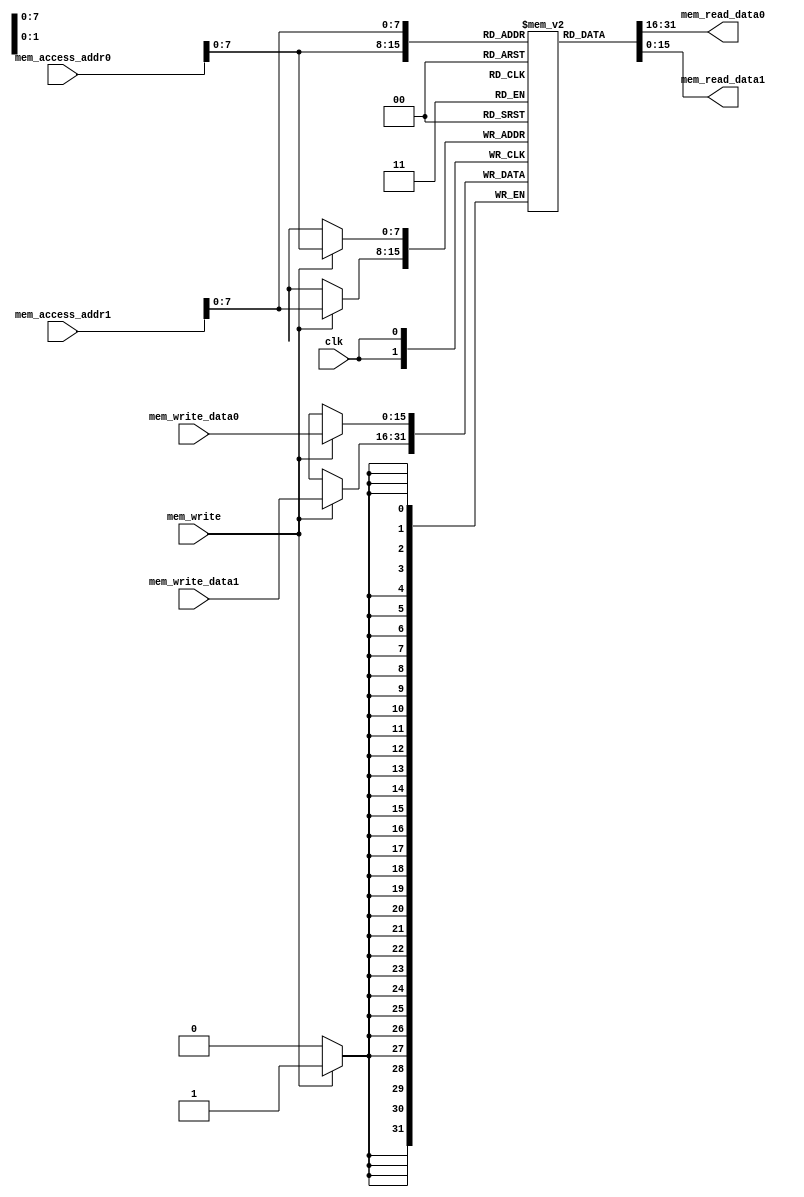
module D_cache (
					  input clk,  
					  input mem_write,
					  
					  input [15:0] mem_access_addr0, 
					  input [15:0] mem_access_addr1,
					  input [15:0] mem_write_data0, 
					  input [15:0] mem_write_data1,
					  
					  
					    
					  output [15:0] mem_read_data0,
					  output [15:0] mem_read_data1
					  );  
						  
	integer i;  
	reg [15:0] data_mem[0:255];
	initial begin  
	  for(i=0; i<256; i=i+1)  
			 data_mem [i] <= i;  
	end
	
	
	
	wire [7:0] addr0 = mem_access_addr0[7:0]; 
	wire [7:0] addr1 = mem_access_addr1[7:0]; 
	
 
	
	

	assign mem_read_data0 = data_mem [addr0] ; 
	assign mem_read_data1 = data_mem [addr1] ; 	
	
	
	
	always @(posedge clk) 
	begin  
	  if (mem_write)  begin
			 data_mem [addr0] <= mem_write_data0;  
			 data_mem [addr1] <= mem_write_data1; 
			end
			
	end  
	
	
 
endmodule